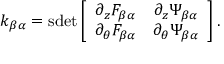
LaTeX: k _ { \beta \alpha } = \mathrm { s d e t } \left[ \begin{array} { c c } { { \partial _ { z } F _ { \beta \alpha } } } & { { \partial _ { z } \Psi _ { \beta \alpha } } } \\ { { \partial _ { \theta } F _ { \beta \alpha } } } & { { \partial _ { \theta } \Psi _ { \beta \alpha } } } \end{array} \right] .